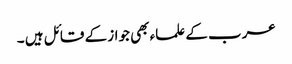
عرب کے علماء بھی جواز کے قائل ہیں ۔